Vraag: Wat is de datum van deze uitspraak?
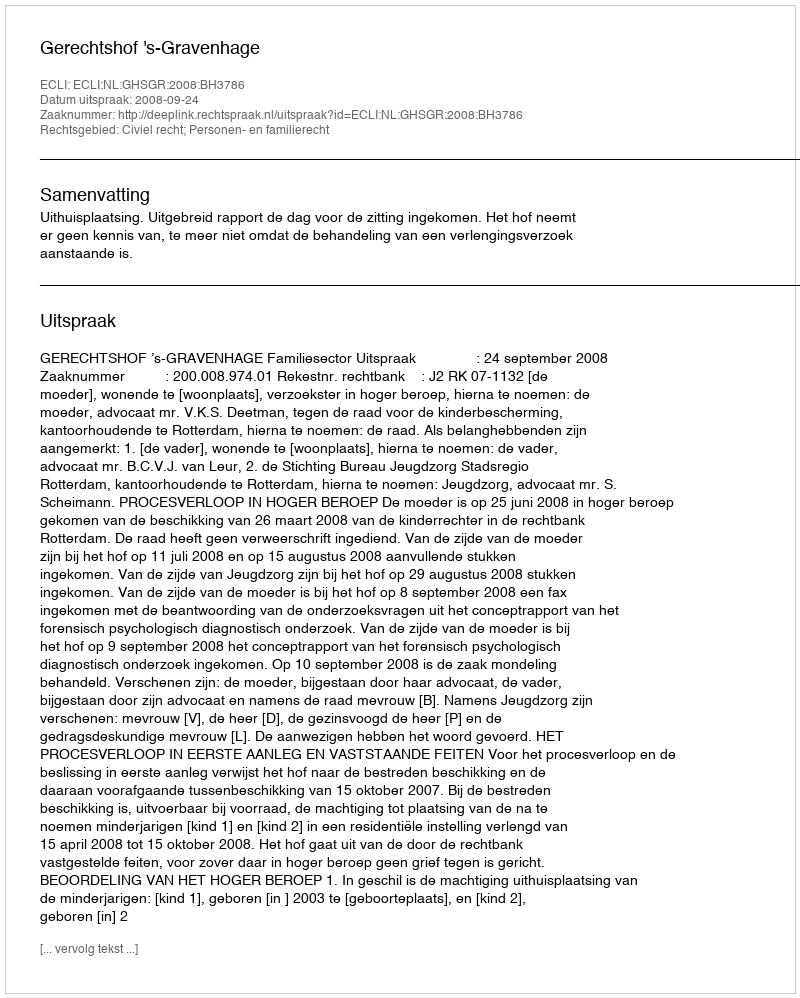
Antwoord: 2008-09-24